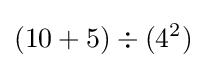
(10+5)\div (4^{2})